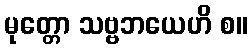
မုတ္တော သဗ္ဗဘယေဟိ စ။